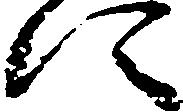
に